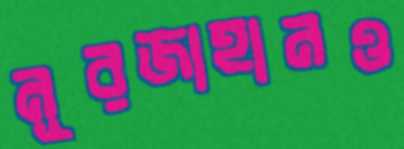
নূরজাহানও